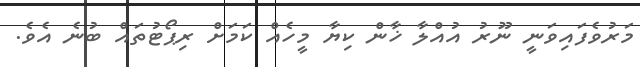
މަރުވެފައިވަނީ ނޫރު އުއްލާ ޚާން ކިޔާ މީހެއް ކަމަށް ރިޕޯޓުތައް ބުނެ އެވެ.